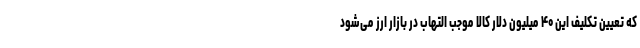
که تعیین تکلیف این ۴۰ میلیون دلار کالا موجب التهاب در بازار ارز می‌شود